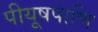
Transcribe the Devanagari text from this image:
पीयूषपाणि